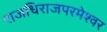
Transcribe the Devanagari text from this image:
राजधिराजपरमेश्वर